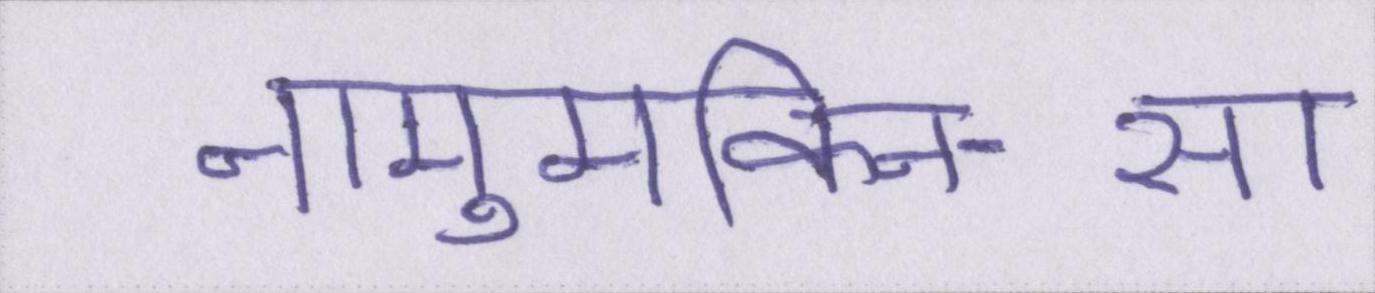
नामुमकिन-सा